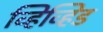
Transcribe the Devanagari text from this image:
व्हिव्हिड